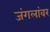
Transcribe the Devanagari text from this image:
जंगलांवर